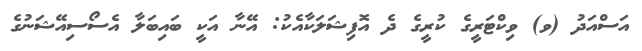
އަސްއަދު (ވ) ވިކްޓަރީގެ ކުރީގެ ދެ އޮފިޝަލަކާއެކު: އޭނާ އަކީ ބައިބަލާ އެސޯސިއޭޝަނުގެ